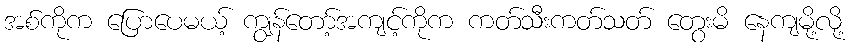
အစ်ကိုက ပြောပေမယ့် ကျွန်တော့်အကျင့်ကိုက ကတ်သီးကတ်သတ် တွေးမိ နေကျမို့လို့